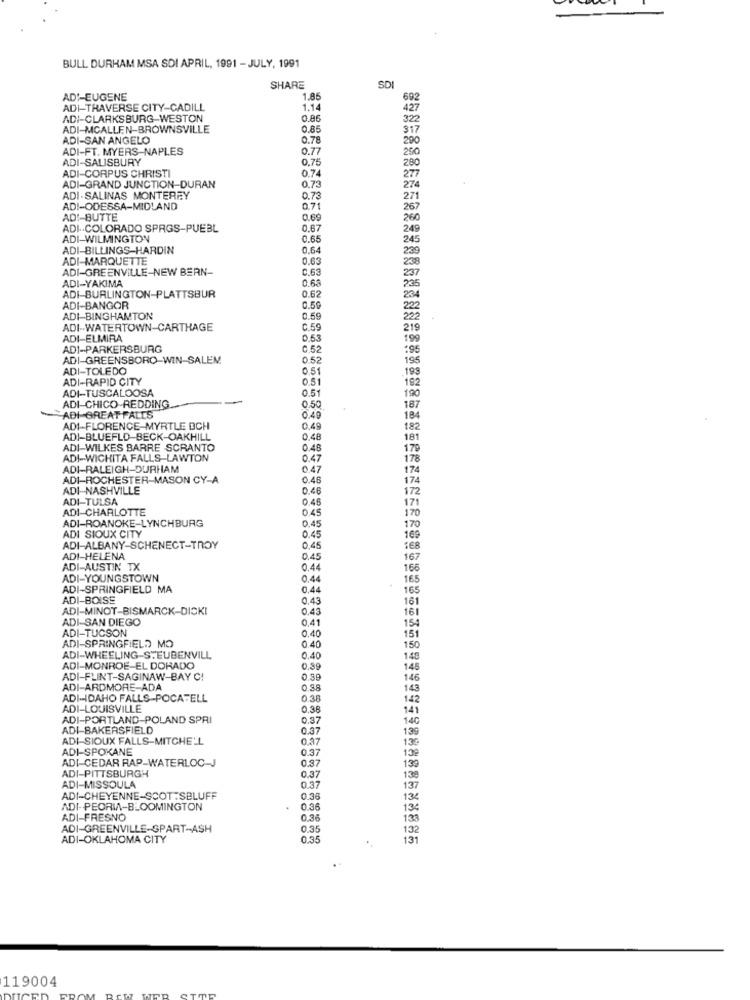
BULL DURHAM MSA SDI APRIL, 1991 - JULY, 1991
SHARE
SDI
ADI-EUGENE
1.85
69
ADI-TRAVERSE CITY-CADILL
1.14
427
ADI-CLARKSBURG-WESTON
0.86
322
ADI-MCALLEN-BROWNSVILLE
0.85
317
ADI-SAN ANGELO
0.78
290
ADI-FT. MYERS-NAPLES
0.77
250
ADI-SALISBURY
0.75
ADI-CORPUS CHRISTI
0.74
280
0.73
277
ADI-GRAND JUNCTION-DURAN
274
ADI-SALINAS MONTEREY
0.73
271
ADI-ODESSA-MIDLAND
0.71
267
ADI-BUTTE
0.69
260
ADI .. COLORADO SPRIGS-PUEBL
0.67
249
ADI-WILMINGTON
0.65
245
ADI-BILLINGS-HARDIN
0.64
239
ADI-MARQUETTE
0.63
238
ADI-GREENVILLE-NEW BERN-
0.63
237
ADI-YAKIMA
0.68
0.62
235
ADI-BURLINGTON-PLATTSBUR
234
ADI-BANGOR
0.59
222
ADI-BINGHAMTON
222
ADI-WATERTOWN-CARTHAGE
0.59
219
ADI-ELMIRA
0.53
199
ADI-PARKERSBURG
C.52
195
ADI-GREENSBORO WIN-SALEM
0.52
195
ADI-TOLEDO
0.51
.193
ADI-RAPID CITY
0.51
192
ADI-TUSCALOOSA
0.51
190
ADI-CHICO-REDDING
0.50
187
ADI GREAT FALLS
0.49
184
ADI-FLORENCE MYRTLE OCH
0.49
182
ADI-BLUEFLD BECK-OAKHILL
0,48
181
ADI-WILKES BARRE SCRANTO
0.48
179
ADI-WICHITA FALLS-LAWTON
0.47
178
ADI-RALEIGH-DURHAM
0 47
174
ADI-ROCHESTER-MASON CY-A
0.46
174
ADI-NASHVILLE
0.46
172
ADI-TULSA
0.46
ADI-CHARLOTTE
0.45
171
170
0.45
ADI SIOUX CITY
ADI-ROANOKE-LYNCHBURG
170
0.45
169
ADI-ALBANY-SCHENECT-TROY
0,45
168
ADI-HELENA
0.45
167
ADI-AUSTIN TX
0.44
166
ADI-YOUNGSTOWN
0,44
165
ADI-SPRINGFIELD MA
0.44
165
ADI-BOISE
0,43
161
ADI-MINOT-BISMARCK-DICK!
0.43
161
ADI-SAN DIEGO
0,41
ADI-TUCSON
0.40
154
151
ADI-SPRINGFIELD MO
0.40
150
ADI-WHEELING-STEUBENVILL
0,40
148
ADI-MONROE-EL DORADO
0.39
148
ADI-FLINT-SAGINAW-BAY C!
0.59
146
ADI-ARDMORE-ADA
0.38
143
ADI-IDAHO FALLS-POCATELL
0.38
142
ADI-LOUISVILLE
0.38
141
ADI-PORTLAND-POLAND SPRI
0.37
140
ADI-BAKERSFIELD
0.37
139
ADI-SIOUX FALLS-MITCHELL
0.37
139
ADI-SPOKANE
0.37
139
ADI-CEDAR RAP-WATERLOC-J
0,37
ADI-PITTSBURGH
0.37
130
138
ADI-MISSOULA
0.37
137
ADI-CHEYENNE-SCOTTSBLUFF
0.38
134
ADI-PEORIA-BLOOMINGTON
0.36
134
ADI-FRESNO
0.3.
133
ADI-GREENVILLE-SPART-ASH
0.35
132
ADI-OKLAHOMA CITY
0,35
131
119004